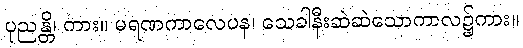
ပုညန္တိ၊ ကား။ မရဏကာလေပန၊ သေခါနီးဆဲဆဲသောကာလ၌ကား။